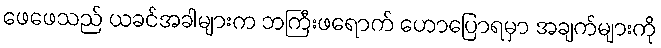
ဖေဖေသည် ယခင်အခါများက ဘကြီးဖရောက် ဟောပြောရမှာ အချက်များကို